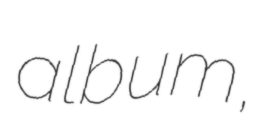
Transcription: album,